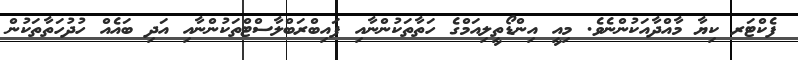
ފެކްޓަރ ކިޔާ މާއްދާއަކުންނެވެ. މިއީ އިންޑޯތީލިއަމްގެ ހަތާތަކުންނާއި ފައިބްރަބްލާސްޓްތަކުންނާއި އަދި ބައެއް ހުދުހަތާތަކުން